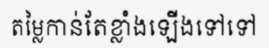
តម្លៃកាន់តែខ្លាំងឡើងទៅទៅ